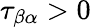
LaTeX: \tau_{\beta\alpha}>0